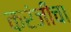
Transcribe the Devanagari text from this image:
करंजीचा